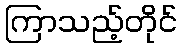
ကြာသည့်တိုင်